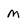
Character: M